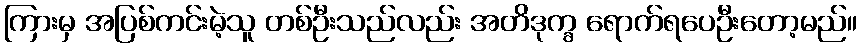
ကြားမှ အပြစ်ကင်းမဲ့သူ တစ်ဦးသည်လည်း အတိဒုက္ခ ရောက်ရပေဦးတော့မည်။